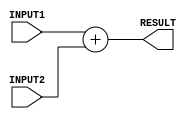
/*
Author - W M D U Thilakarathna
Reg No - E/16/366
*/

module adder(INPUT1, INPUT2, RESULT); // adder module

    input [31:0] INPUT1, INPUT2; // declare inputs
    output reg [31:0] RESULT;    // declare outputs

    always @(*) 
    begin
      #2 RESULT = INPUT1 + INPUT2; // add two numbers 
    end

endmodule